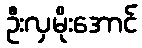
ဦးလှမိုးအောင်